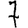
Digit: 7